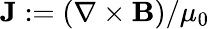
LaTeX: \mathbf{J}:=(\nabla\times\mathbf{B})/\mu_{0}